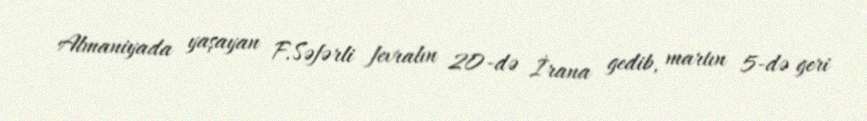
Almaniyada yaşayan F.Səfərli fevralın 20-də İrana gedib, martın 5-də geri